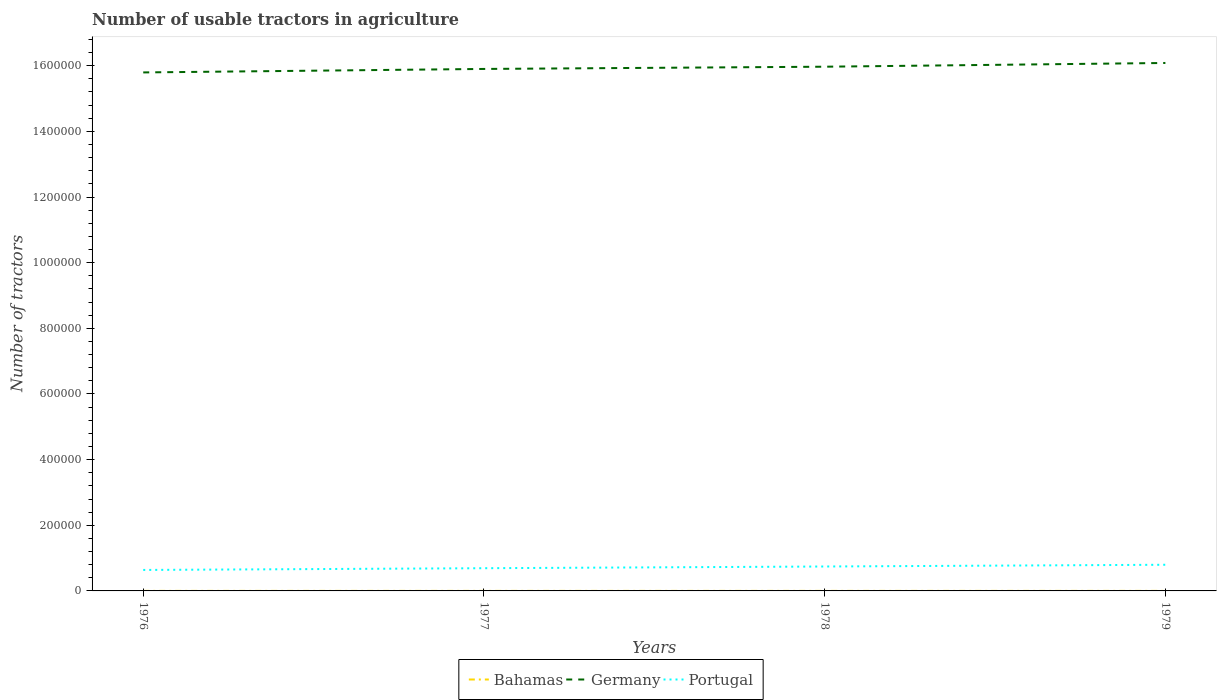
| Years | Bahamas | Germany | Portugal |
 | --- | --- | --- | --- |
 | 1976 | 71 | 1.58e+06 | 6.39e+04 |
 | 1977 | 74 | 1.59e+06 | 6.92e+04 |
 | 1978 | 77 | 1.6e+06 | 7.44e+04 |
 | 1979 | 80 | 1.61e+06 | 7.97e+04 |